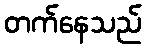
တက်နေသည်